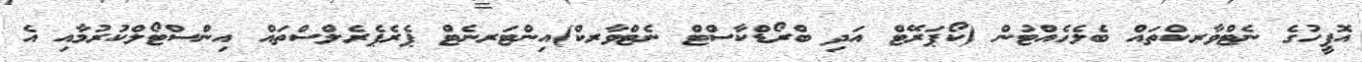
އޮފީހުގެ ނެޓްވާރކްތައް ބެލެހެއްޓުން (ކޯޕަރޭޓް އަދި ބްރޯޑްކާސްޓް ނެޓްވާރކް)އިންޓަރނެޓް ޕެރެޕެރެލްސްތައް އިންސްޓޯލްކުރުމާއި އެ